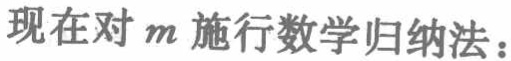
现在对 \(m\) 施行数学归纳法：